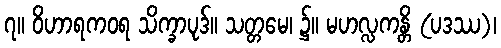
၇။ ဝိဟာရကဝရ သိက္ခာပုဒ်။ သတ္တမေ၊ ၌။ မဟလ္လကန္တိ (ပဒဿ)၊